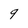
Character: 9